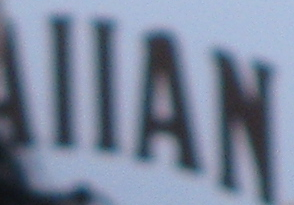
IIAN